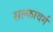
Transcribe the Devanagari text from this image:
सल्फावर्ग